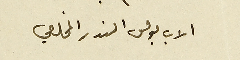
الاب بولس المندر المخلصي